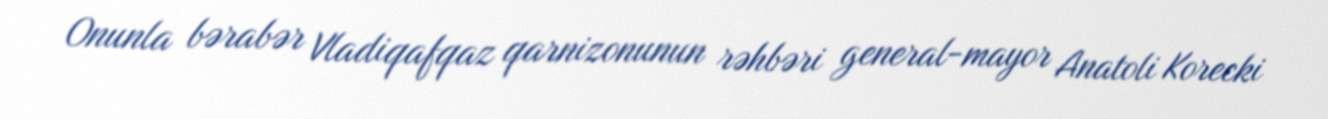
Onunla bərabər Vladiqafqaz qarnizonunun rəhbəri general-mayor Anatoli Korecki